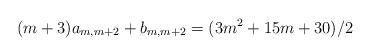
LaTeX: \begin{align*}(m+3)a_{m,m+2} +b_{m,m+2} = (3m^2+15m+30)/2\end{align*}